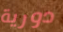
دورية